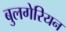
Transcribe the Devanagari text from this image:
बुलगेरियन